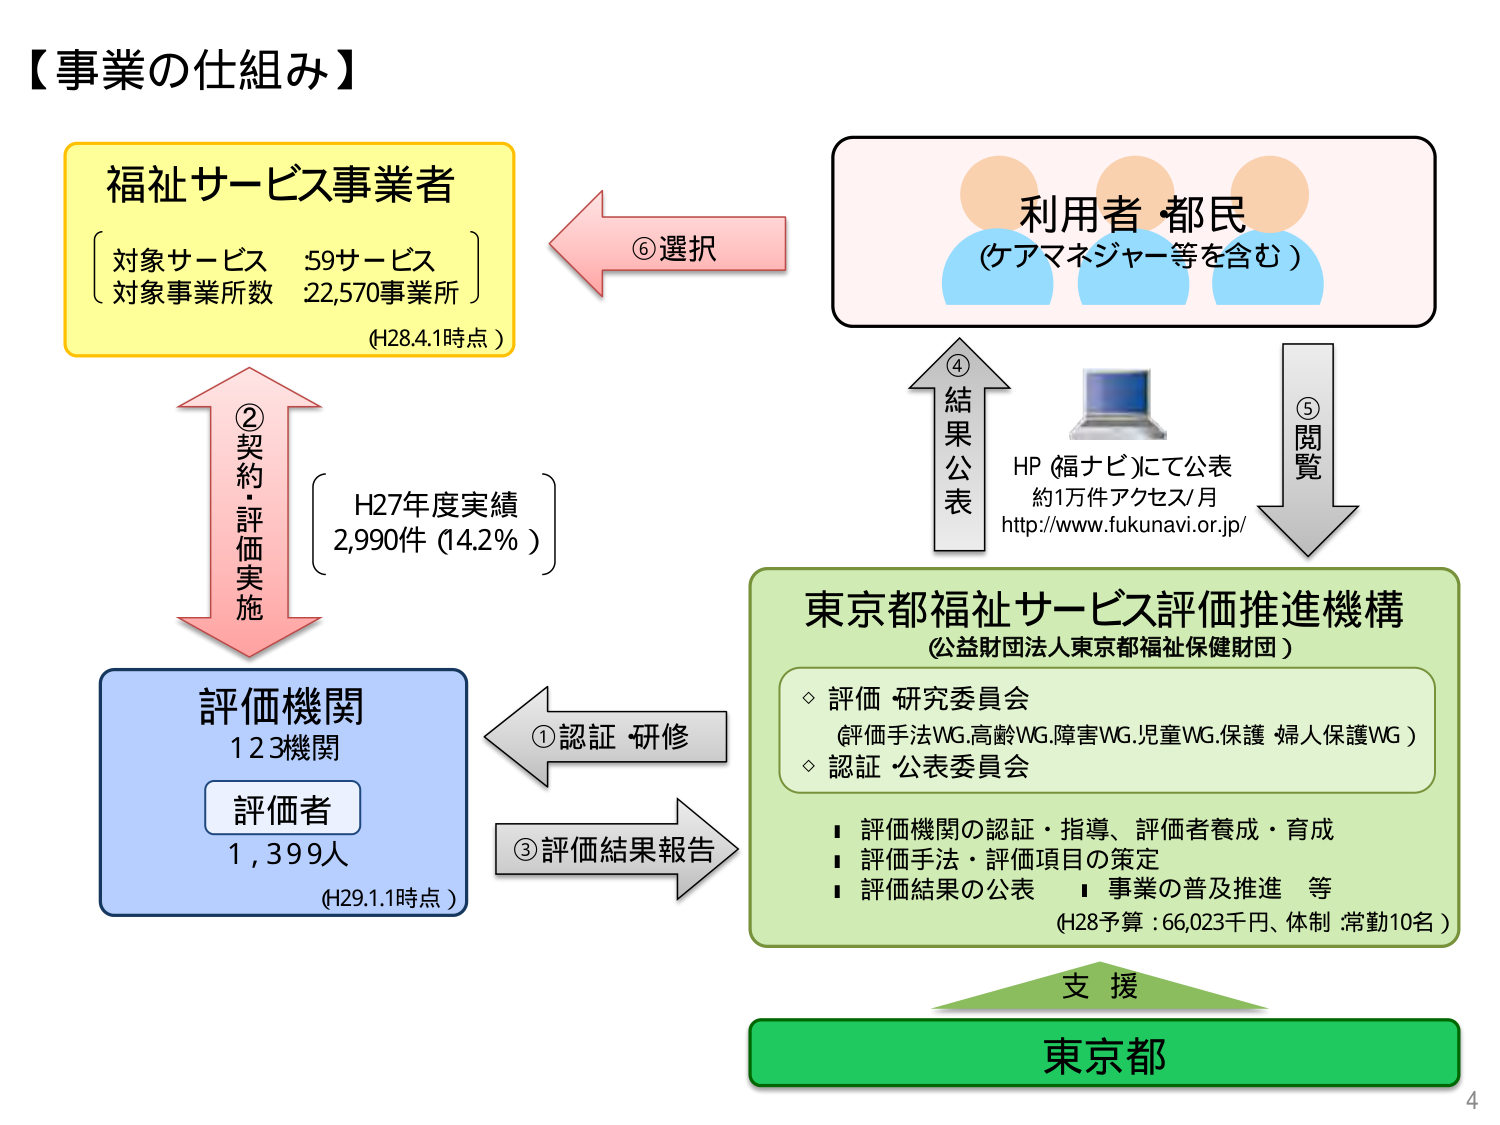
【事業の仕組み】

福祉サービス事業者
〔対象サービス 59サービス〕
〔対象事業所数 22,570事業所〕
(H28.4.1時点)

⑥選択

利用者・都民
(ケアマネジャー等を含む)

④結果公表
HP (福ナビ)にて公表
約1万件アクセス/月
http://www.fukunavi.or.jp/

⑤閲覧

東京都福祉サービス評価推進機構
(公益財団法人東京都福祉保健財団)

◇ 評価研究委員会
(評価手法WG、高齢WG、障害WG、児童WG、保護・婦人保護WG)
◇ 認証・公表委員会

■ 評価機関の認証・指導、評価者養成・育成
■ 評価手法・評価項目の策定
■ 評価結果の公表 ■ 事業の普及推進 等
(H28予算：66,023千円、体制：常勤10名)

①認証 研修

③評価結果報告

評価機関
123機関
評価者
1,399人
(H29.1.1時点)

②契約・評価実施
(H27年度実績 2,990件 (14.2%))

支援

東京都

4